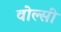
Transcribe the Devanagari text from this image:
वोल्सी